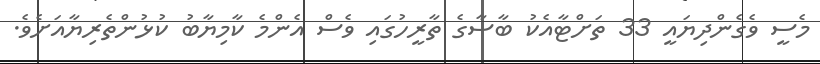
މެސީ ވެގެންދިޔައީ 33 ތަށްޓާއެކު ބާސާގެ ތާރީހުގައި ވެސް އެންމެ ކާމިޔާބު ކުޅުންތެރިޔާއަށެވެ.